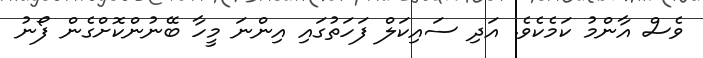
ވެސް އާންމު ކަމެކެވެ. އަދި ސައިކަލް ފަހަތުގައި އިންނަ މީހާ ބޭނުންކޮށްގެން ފޯނު